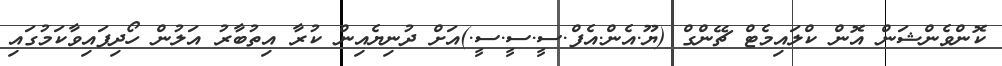
ކޮންވެންޝަން އޮން ކްލައިމެޓް ޗޭންގް (ޔޫ.އެން.އެފް.ސީ.ސީ.ސީ.)އަށް ދުނިޔެއިން ކުރާ އިތުބާރު އަލުން ހޯދިފައިވާކަމުގައި